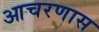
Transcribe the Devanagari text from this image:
आचरणास